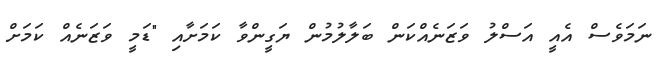
ނަމަވެސް އެއީ އަސްލު ވަޒަނެއްކަން ބަލާލުމުން ޔަގީންވާ ކަމަށާއި "ޑަމީ ވަޒަނެއް ކަމަށް